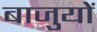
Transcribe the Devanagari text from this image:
बाजुयों